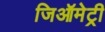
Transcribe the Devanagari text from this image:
जिऑमेट्री